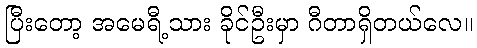
ပြီးတော့ အမေရီ့သား ခိုင်ဦးမှာ ဂီတာရှိတယ်လေ။